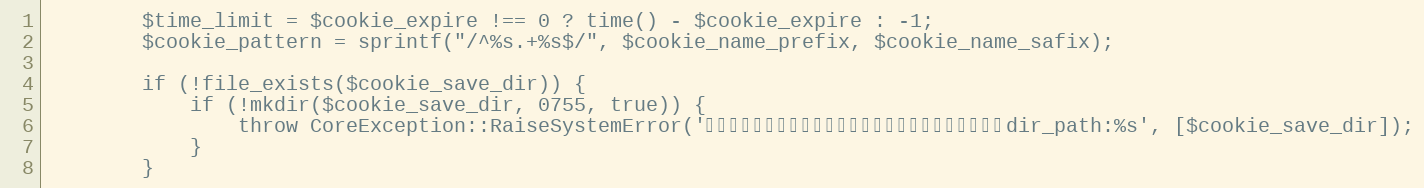
Language: PHP
		$time_limit = $cookie_expire !== 0 ? time() - $cookie_expire : -1;
		$cookie_pattern	= sprintf("/^%s.+%s$/", $cookie_name_prefix, $cookie_name_safix);

		if (!file_exists($cookie_save_dir)) {
			if (!mkdir($cookie_save_dir, 0755, true)) {
				throw CoreException::RaiseSystemError('クッキー認証用ディレクトリを構築できませんでした。dir_path:%s', [$cookie_save_dir]);
			}
		}